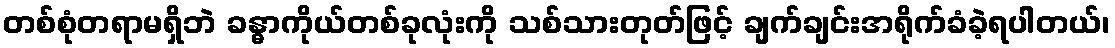
တစ်စုံတရာမရှိဘဲ ခန္ဓာကိုယ်တစ်ခုလုံးကို သစ်သားတုတ်ဖြင့် ချက်ချင်းအရိုက်ခံခဲ့ရပါတယ်၊